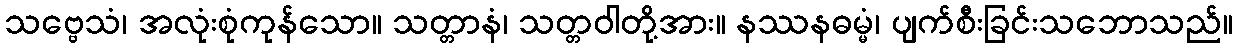
သဗ္ဗေသံ၊ အလုံးစုံကုန်သော။ သတ္တာနံ၊ သတ္တဝါတို့အား။ နဿနဓမ္မံ၊ ပျက်စီးခြင်းသဘောသည်။